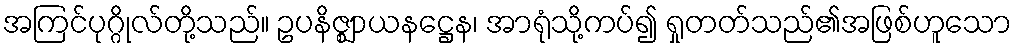
အကြင်ပုဂ္ဂိုလ်တို့သည်။ ဥပနိဇ္ဈာယနဋ္ဌေန၊ အာရုံသို့ကပ်၍ ရှုတတ်သည်၏အဖြစ်ဟူသော